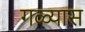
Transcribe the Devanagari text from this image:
गळ्यास